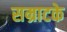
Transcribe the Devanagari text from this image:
सम्राटके